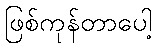
ဖြစ်ကုန်တာပေါ့